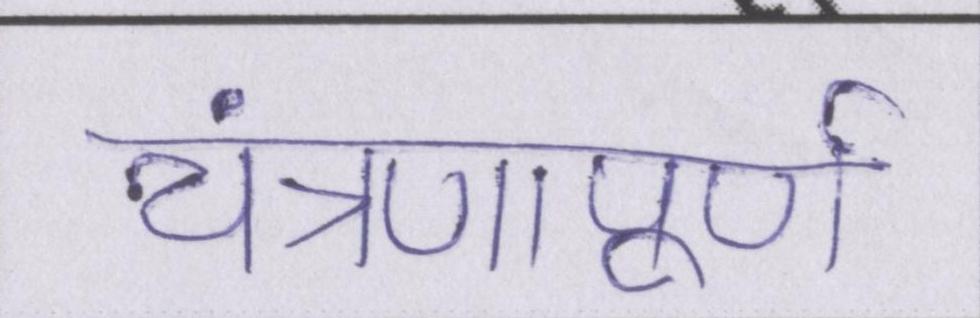
यंत्रणापूर्ण